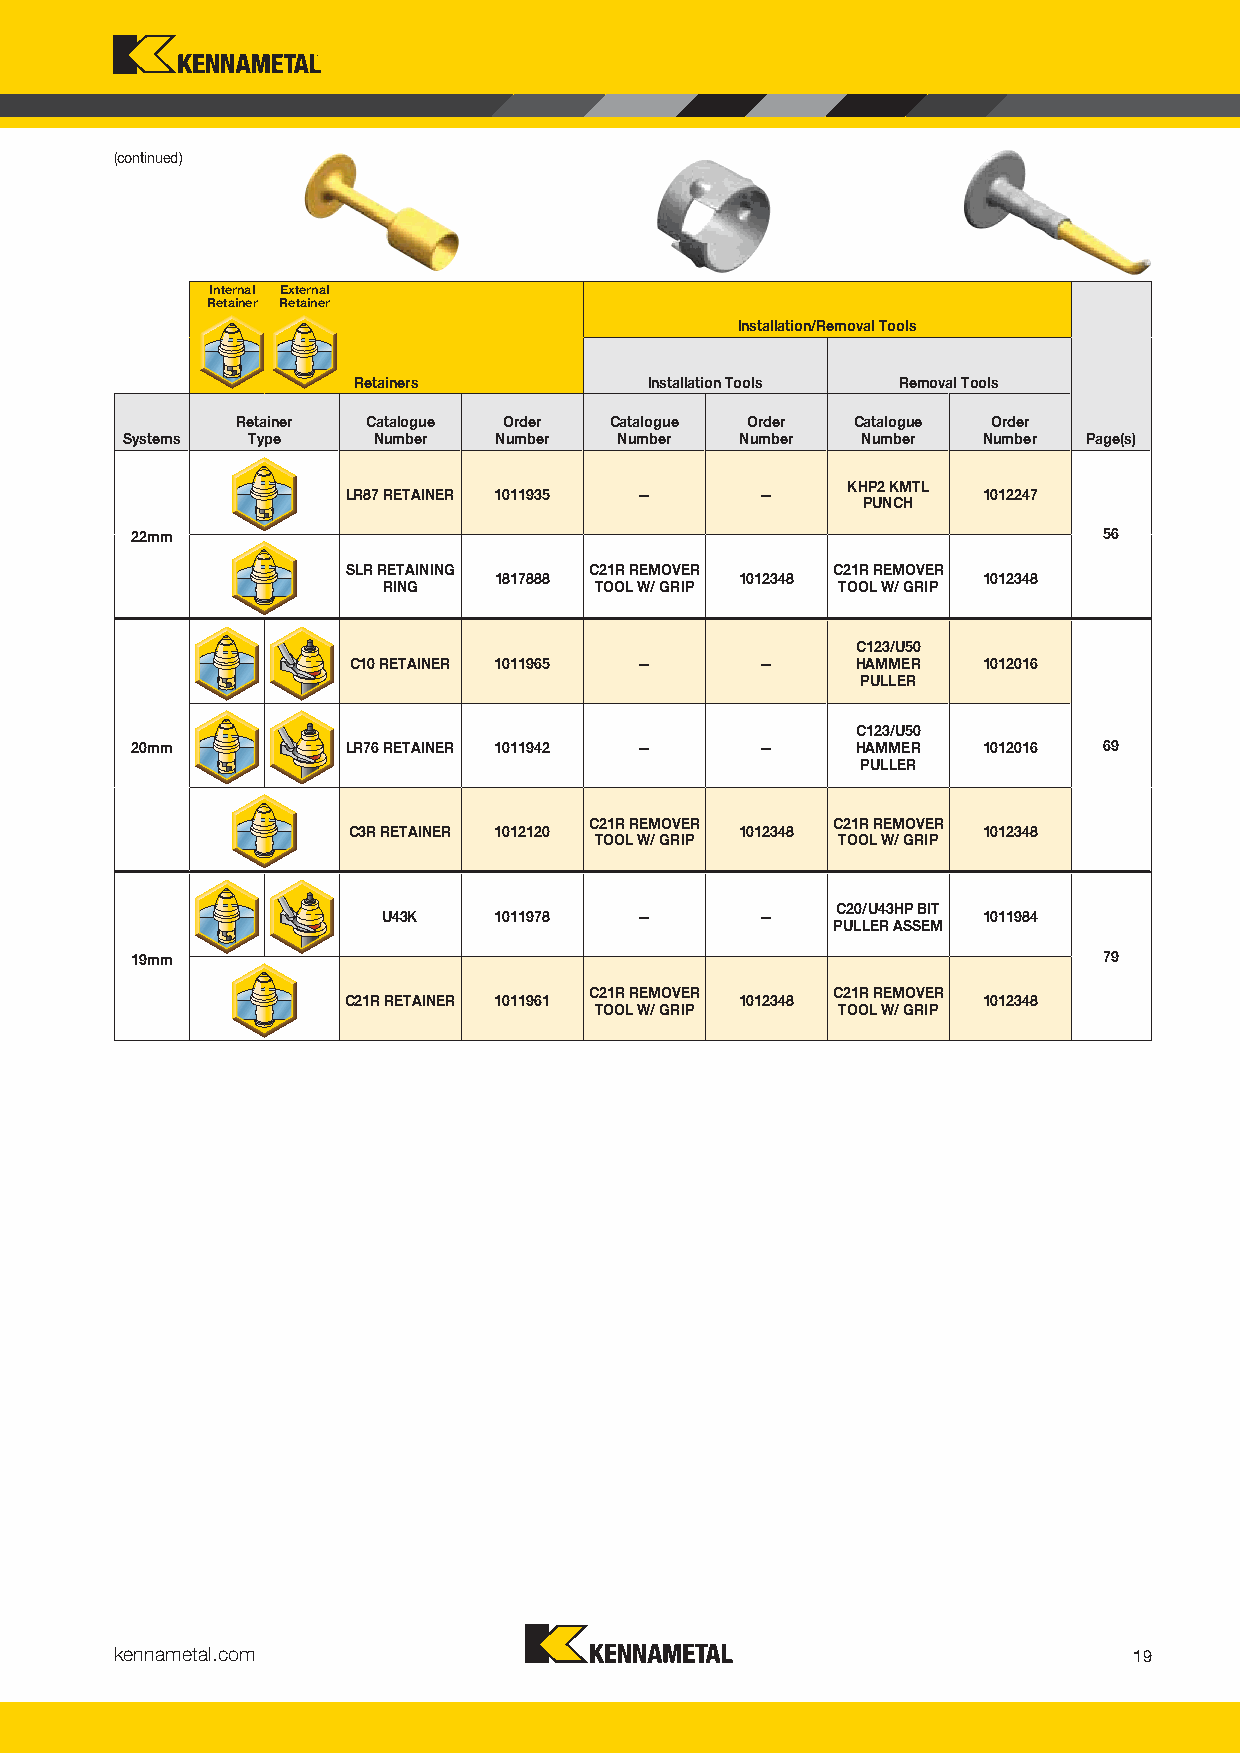
(continued)
 Internal External
 Retainer Retainer
 Installation/Removal Tools
 Retainers          Installation Tools Removal Tools
 Retainer Catalogue Order Catalogue Order Catalogue Order
 Systems  Type    Number  Number  Number  Number  Number  Number Page(s)
 KHP2 KMTL
 LR87 RETAINER 1011935 —    —              1012247
 PUNCH
 22mm                                                            56
 SLR RETAINING   C21R REMOVER    C21R REMOVER
 1817888         1012348         1012348
 RING           TOOL W/ GRIP    TOOL W/ GRIP
 C123/U50
 C10 RETAINER 1011965 —     —      HAMMER  1012016
 PULLER
 C123/U50
 20mm          LR76 RETAINER 1011942 —    —      HAMMER  1012016 69
 PULLER
 C21R REMOVER    C21R REMOVER
 C3R RETAINER 1012120      1012348         1012348
 TOOL W/ GRIP    TOOL W/ GRIP
 C20/U43HP BIT
 U43K    1011978  —       —              1011984
 PULLER ASSEM
 19mm                                                            79
 C21R REMOVER    C21R REMOVER
 C21R RETAINER 1011961     1012348         1012348
 TOOL W/ GRIP    TOOL W/ GRIP
 kennametal.com
 19
 KMT_Foundation_Drilling_2016_Catalog_018-019.indd 19 L V i KMT F d i Dilli 2016 C l 018019O b 51200/1136/156 1 39:2P3M PM